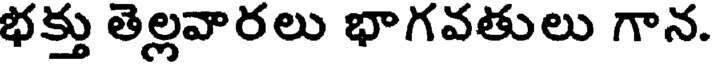
భక్తు తెల్లవారలు భాగవతులు గాన.